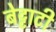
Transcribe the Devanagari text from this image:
बेट्टाटी